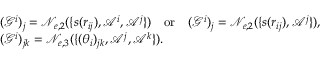
\begin{array} { r l } & { ( \mathcal { G } ^ { i } ) _ { j } = \mathcal { N } _ { e , 2 } ( \{ s ( r _ { i j } ) , \mathcal { A } ^ { i } , \mathcal { A } ^ { j } \} ) \quad \mathrm { o r } \quad ( \mathcal { G } ^ { i } ) _ { j } = \mathcal { N } _ { e , 2 } ( \{ s ( r _ { i j } ) , \mathcal { A } ^ { j } \} ) , } \\ & { ( \mathcal { G } ^ { i } ) _ { j k } = \mathcal { N } _ { e , 3 } ( \{ ( \theta _ { i } ) _ { j k } , \mathcal { A } ^ { j } , \mathcal { A } ^ { k } \} ) . } \end{array}